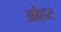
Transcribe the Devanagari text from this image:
ओहर